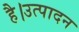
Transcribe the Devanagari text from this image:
है।उत्पादन